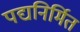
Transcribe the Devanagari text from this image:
पद्यनिर्मित